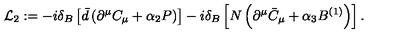
{ \cal L } _ { 2 } : = - i \delta _ { B } \left[ \bar { d } \left( \partial ^ { \mu } C _ { \mu } + \alpha _ { 2 } P \right) \right] - i \delta _ { B } \left[ N \left( \partial ^ { \mu } \bar { C } _ { \mu } + \alpha _ { 3 } B ^ { ( 1 ) } \right) \right] .